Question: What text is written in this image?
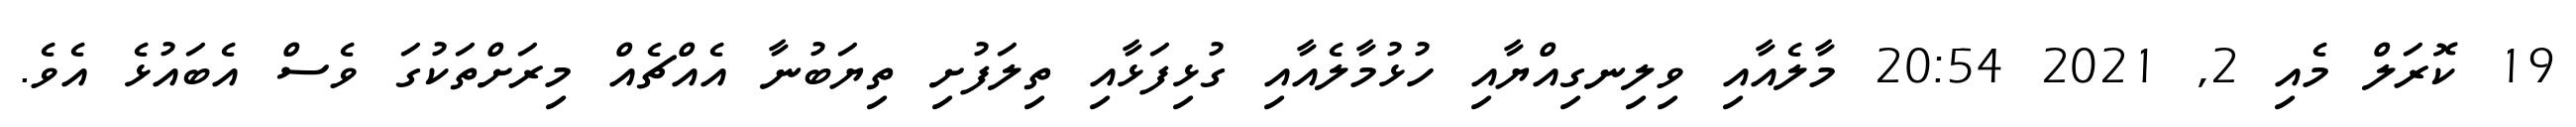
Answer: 19 ކޮރަލް މެއި 2, 2021 20:54 މާލެއާއި ވިލިނގިއްޔާއި ހުޅުމާލެއާއި ގުޅިފަޅާއި ތިލަފުށި ތިޔަބުނާ އެއްޗެއް މިރަށްތަކުގަ ވެސް އެބައުޅެ އެވެ.